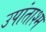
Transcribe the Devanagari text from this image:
उपांताश्म